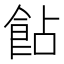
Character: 䬯